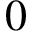
0